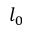
l _ { 0 }